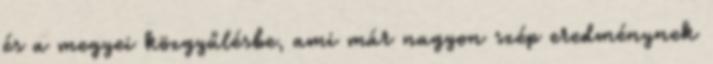
és a megyei közgyűlésbe, ami már nagyon szép eredménynek